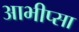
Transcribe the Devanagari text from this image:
आभीप्सा